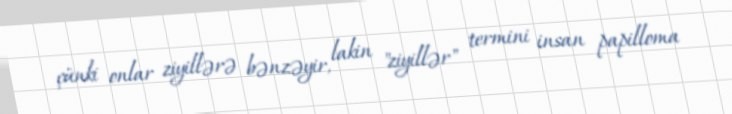
çünki onlar ziyillərə bənzəyir, lakin "ziyillər" termini insan papilloma